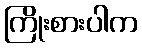
ကြိုးစားပါက